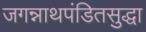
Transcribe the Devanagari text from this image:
जगन्नाथपंडितसुद्धा